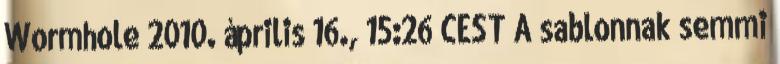
Wormhole 2010. április 16., 15:26 CEST A sablonnak semmi